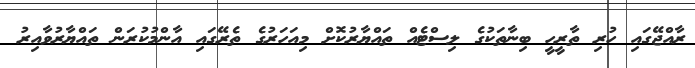
ރާއްޖޭގައި ހުރި ތާރީހީ ބިނާތަކުގެ ލިސްޓެއް ތައްޔާރުކޮށް މިއަހަރުގެ ތެރޭގައި އާންމުކުރަން ތައްޔާރުވާއިރު